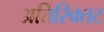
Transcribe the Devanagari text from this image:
अतिरिक्तट